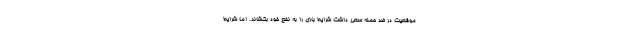
موقعیت در ضد حمله سعی داشت شرایط بازی را به نفع خود بکشاند. اما شرایط